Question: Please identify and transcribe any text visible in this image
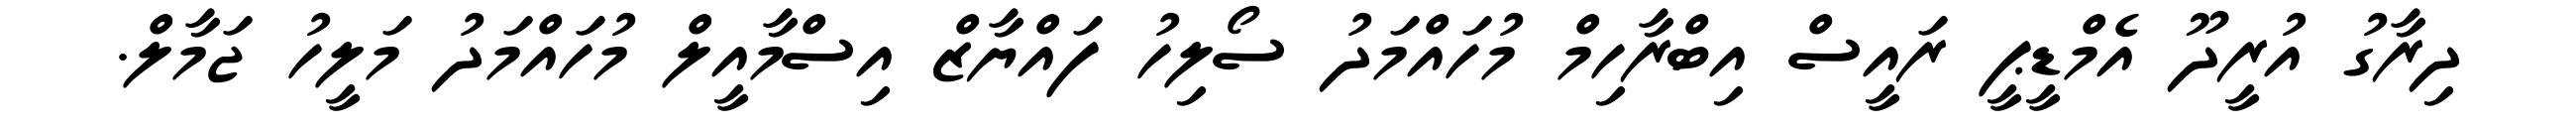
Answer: ދިރާގު އުރީދޫ އެމްޑީޕީ ރައީސް އިބްރާހިމް މުހައްމަދު ސޯލިހު ފައްޔާޒް އިސްމާއީލް މުހައްމަދު މަލީހު ޖަމާލް.